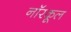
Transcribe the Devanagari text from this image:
नॉरकूल